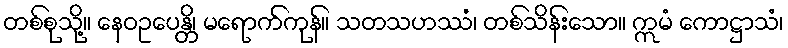
တစ်စုသို့။ နေဝဥပေန္တိ၊ မရောက်ကုန်။ သတသဟဿံ၊ တစ်သိန်းသော။ ဣမံ ကောဋ္ဌာသံ၊